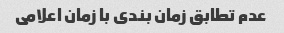
عدم تطابق زمان بندی با زمان اعلامی